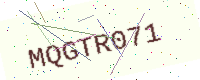
Text: MQGTR071